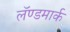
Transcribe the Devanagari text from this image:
लॅण्डमार्क